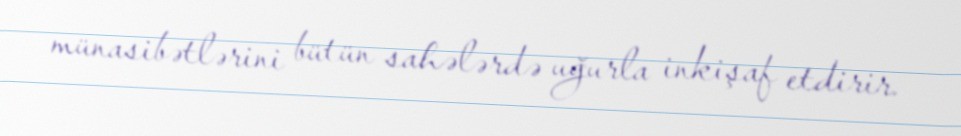
münasibətlərini bütün sahələrdə uğurla inkişaf etdirir.